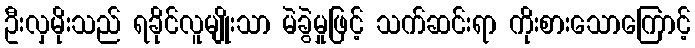
ဦးလှမိုးသည် ရခိုင်လူမျိုးသာ မဲခွဲမှုဖြင့် သက်ဆင်းရာ ကိုးစားသောကြောင့်